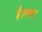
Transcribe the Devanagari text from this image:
है।नगर